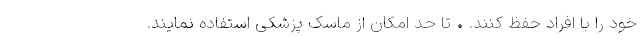
خود را با افراد حفظ کنند. • تا حد امکان از ماسک پزشکی استفاده نمایند.